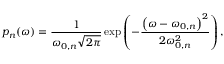
p _ { n } ( \omega ) = \frac { 1 } { \omega _ { 0 , n } \sqrt { 2 \pi } } \exp \left( - \frac { \left( \omega - \omega _ { 0 , n } \right) ^ { 2 } } { 2 \omega _ { 0 , n } ^ { 2 } } \right) ,